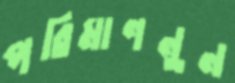
পরিমাণনুন